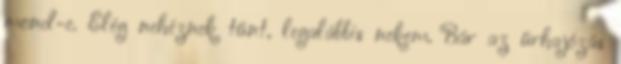
mond-e. Elég nehéznek tűnt, legalábbis nekem. Bár az űrhajózás